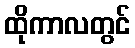
ထိုကာလတွင်